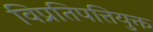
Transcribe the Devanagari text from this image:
विप्रतिपत्तियुक्त